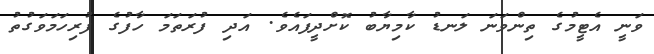
ވަނީ އެޓީމުގެ ތިންވަނަ ލަނޑު ކާމިޔާބު ކޮށްދީފައެވެ. އަދި ފުރަތަމަ ހާފުގެ ފުރިހަމަވަގުތު